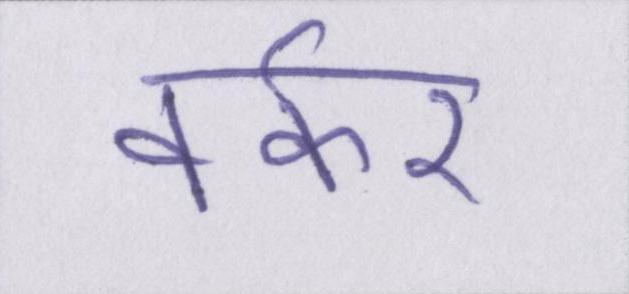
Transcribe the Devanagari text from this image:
वर्कर